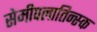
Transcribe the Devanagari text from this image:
सेमीपलातिन्स्क